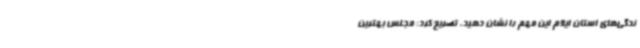
ندگی‌های استان ایلام این مهم را نشان دهید، تصریح کرد: مجلس بهترین